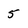
Character: 5